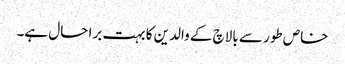
خاص طور سے بالاچ کے والدین کا بہت برا حال ہے۔